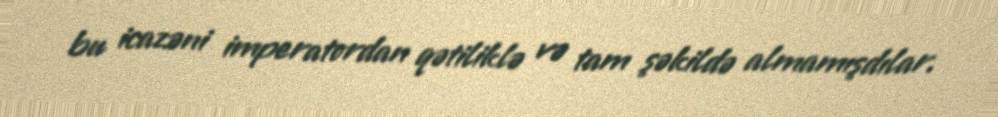
bu icazəni imperatordan qətiliklə və tam şəkildə almamışdılar.